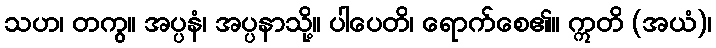
သဟ၊ တကွ။ အပ္ပနံ၊ အပ္ပနာသို့။ ပါပေတိ၊ ရောက်စေ၏။ ဣတိ (အယံ)၊